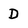
Character: D